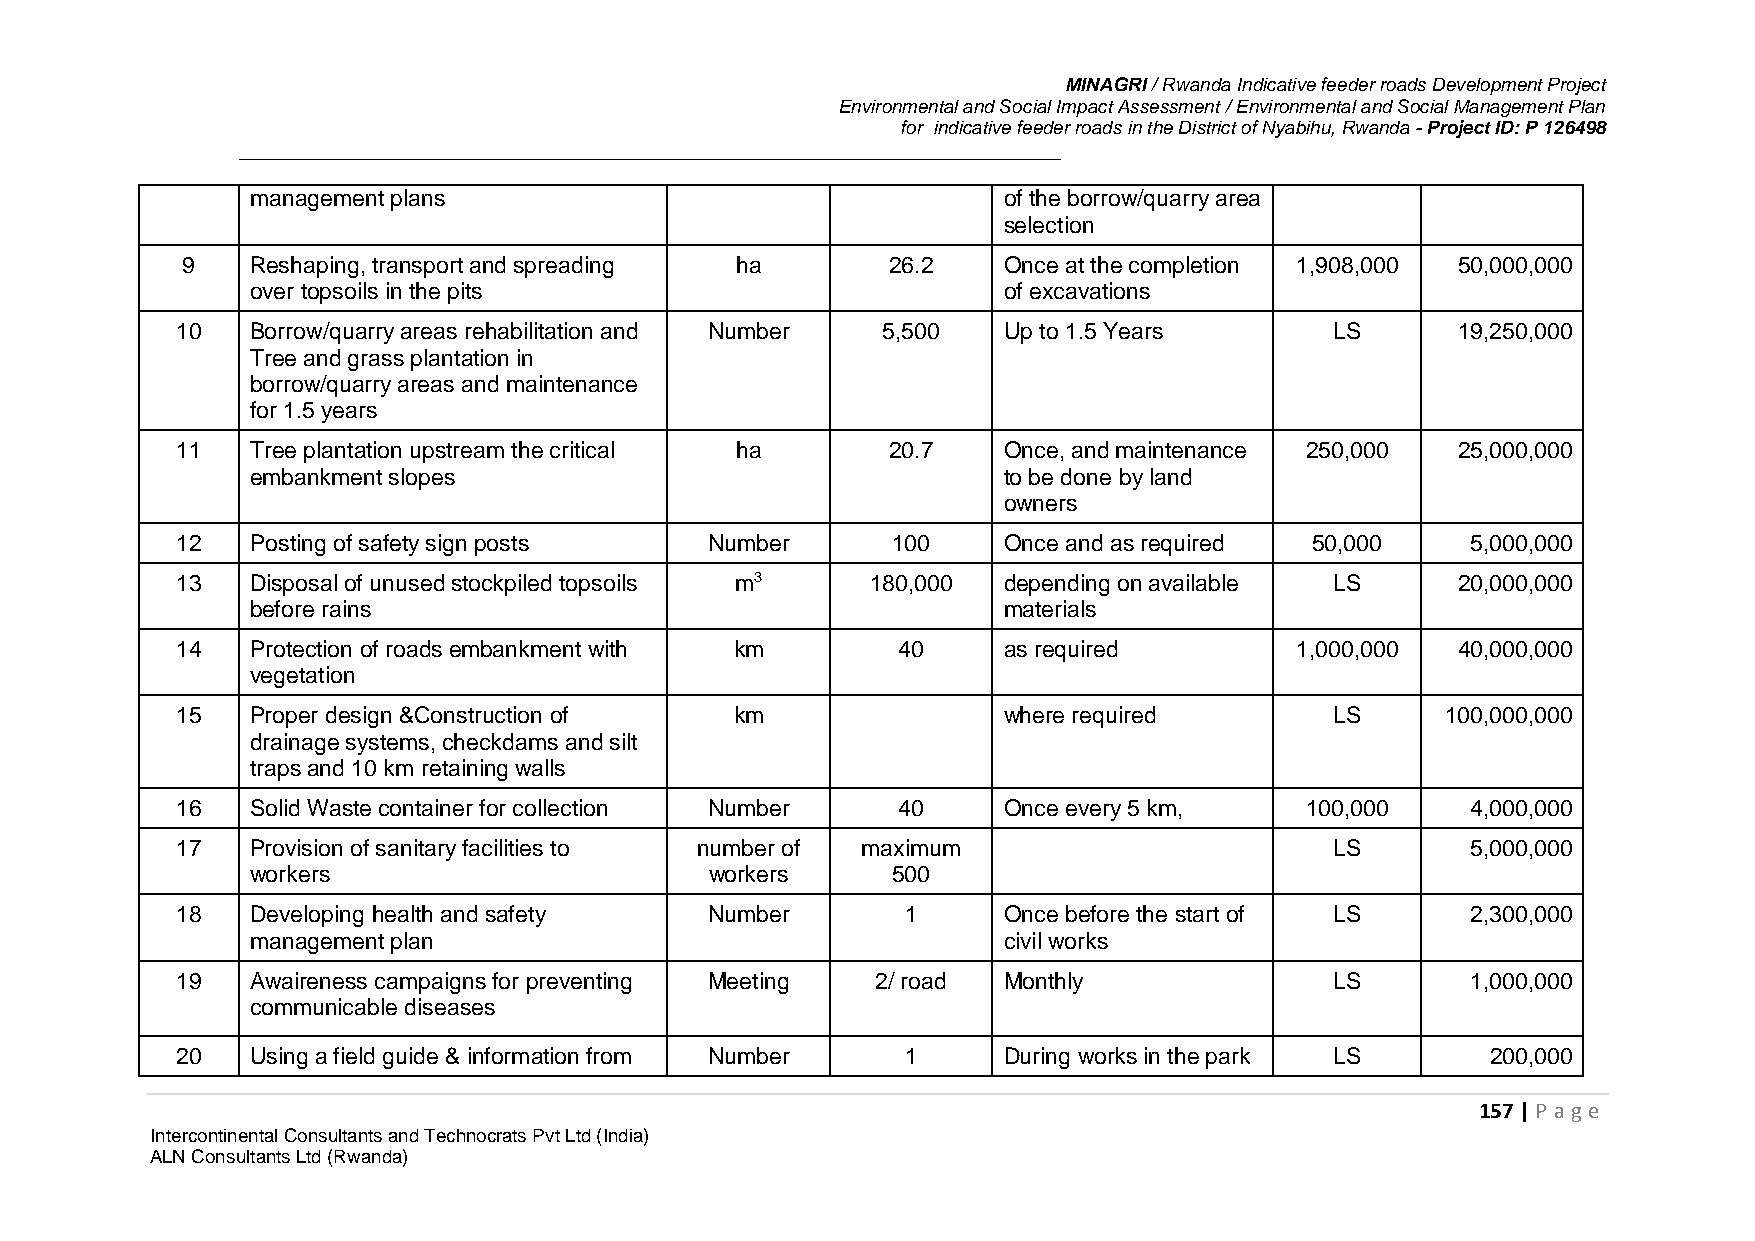
MINAGRI / Rwanda Indicative feeder roads Development Project
 Environmental and Social Impact Assessment / Environmental and Social Management Plan
 for indicative feeder roads in the District of Nyabihu, Rwanda - Project ID: P 126498
 management plans                                 of the borrow/quarry area
 selection
 9    Reshaping, transport and spreading ha     26.2   Once at the completion 1,908,000 50,000,000
 over topsoils in the pits                        of excavations
 10   Borrow/quarry areas rehabilitation and Number 5,500 Up to 1.5 Years    LS      19,250,000
 Tree and grass plantation in
 borrow/quarry areas and maintenance
 for 1.5 years
 11   Tree plantation upstream the critical ha  20.7   Once, and maintenance 250,000 25,000,000
 embankment slopes                                to be done by land
 owners
 12   Posting of safety sign posts  Number      100    Once and as required 50,000    5,000,000
 13   Disposal of unused stockpiled topsoils m3 180,000 depending on available LS    20,000,000
 before rains                                     materials
 14   Protection of roads embankment with km    40     as required         1,000,000 40,000,000
 vegetation
 15   Proper design &Construction of  km               where required        LS      100,000,000
 drainage systems, checkdams and silt
 traps and 10 km retaining walls
 16   Solid Waste container for collection Number 40   Once every 5 km,    100,000    4,000,000
 17   Provision of sanitary facilities to number of maximum                  LS       5,000,000
 workers                       workers     500
 18   Developing health and safety  Number       1     Once before the start of LS    2,300,000
 management plan                                  civil works
 19   Awaireness campaigns for preventing Meeting 2/ road Monthly            LS       1,000,000
 communicable diseases
 20   Using a field guide & information from Number 1  During works in the park LS      200,000
 157 | P age
 Intercontinental Consultants and Technocrats Pvt Ltd (India)
 ALN Consultants Ltd (Rwanda)